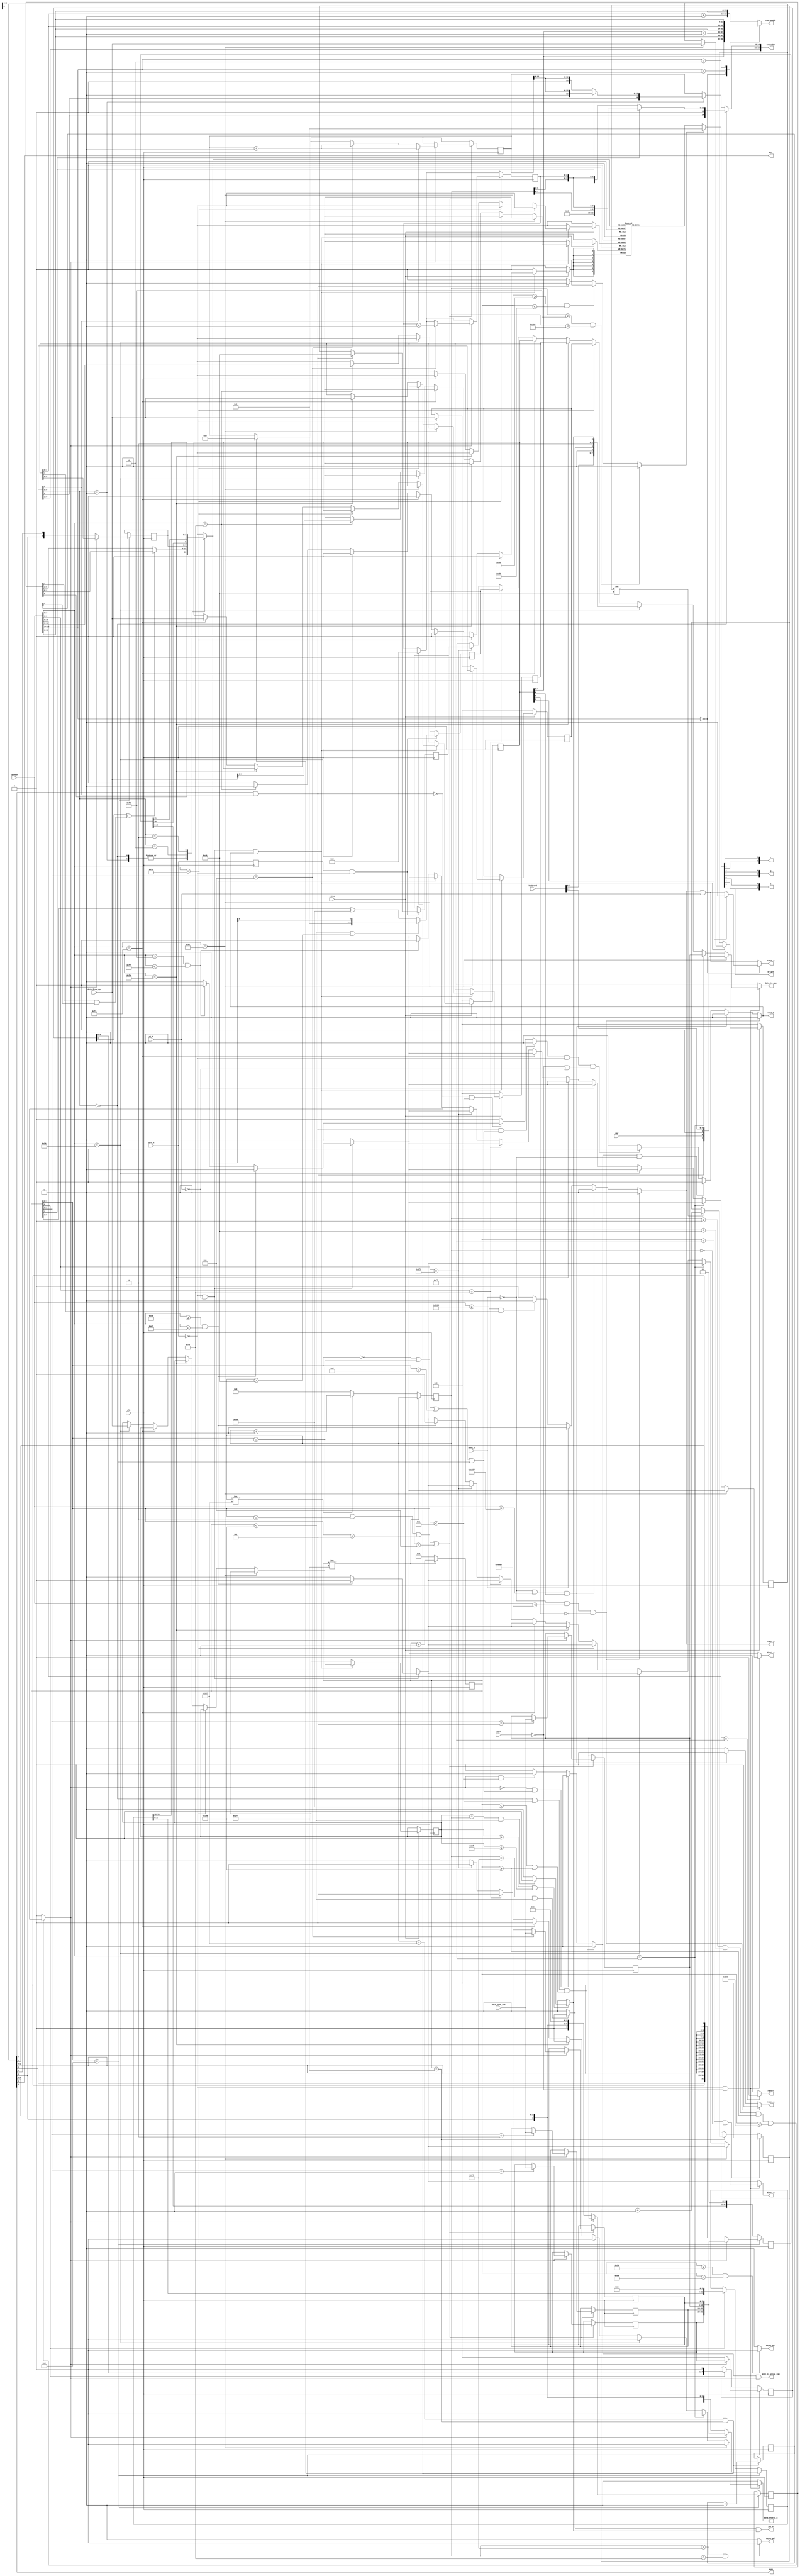
`timescale 1ns / 1ps
`default_nettype none

//////////////////////////////////////////////////////////////////////////////////
// Company: 
// 
// Design Name:    SAM Coup clone
// Module Name:    asic 
// Project Name:   SAM Coup clone
// Target Devices: Spartan 6
// Tool versions:  ISE 12.4
// Description: 
//
// Dependencies: 
//
// Revision: 
// Revision 0.01 - File Created
// Additional Comments: 
//
//////////////////////////////////////////////////////////////////////////////////
module asic (
    input wire clk,
    input wire rst_n,
    // CPU interface
    input wire mreq_n,
    input wire iorq_n,
    input wire rd_n,
    input wire wr_n,
    input wire [15:0] cpuaddr,
    input wire [7:0] data_from_cpu,
    output reg [7:0] data_to_cpu,
    output reg data_enable_n,
    output reg wait_n,
    // RAM/ROM interface
    output reg [18:0] vramaddr,
    output reg [18:0] cpuramaddr,
    input wire [7:0] data_from_ram,    
    output reg ramwr_n,
    output reg romcs_n,
    output reg ramcs_n,
    output wire asic_is_using_ram,
    // audio I/O
    input wire ear,
    output wire mic,
    output wire beep,
    // keyboard I/O
    input wire [7:0] keyboard,
    output wire rdmsel,
    // disk I/O
    output reg disc1_n,
    output reg disc2_n,
    // video output
    output wire [1:0] r,
    output wire [1:0] g,
    output wire [1:0] b,
    output wire bright,
    output reg hsync_pal,
    output reg vsync_pal,
    output wire int_n
    );

    parameter HACTIVEREGION = 512,
              RBORDER       = 64,
              HFPORCH       = 16,
              HSYNC         = 64,
              HBPORCH       = 64,
              LBORDER       = 48;
              
    parameter HTOTAL = RBORDER + 
                       HFPORCH + 
                       HSYNC + 
                       HBPORCH + 
                       LBORDER +
                       HACTIVEREGION;
    
    parameter VACTIVEREGION = 192,
              BBORDER       = 48,
              VFPORCH       = 4,
              VSYNC         = 4,
              VBPORCH       = 16,
              TBORDER       = 48;
              
    parameter VTOTAL = VACTIVEREGION + 
                       BBORDER + 
                       VFPORCH + 
                       VSYNC + 
                       VBPORCH + 
                       TBORDER;
    
    // Start of vertical sync, horizontal counter (last 4 scanlines)
    parameter BEGINVSYNCH = 0;

    // Start and end of vertical sync
    parameter BEGINVSYNCV  = VACTIVEREGION + BBORDER + VFPORCH;
    parameter ENDVSYNCV    = BEGINVSYNCV + 4;

    parameter IOADDR_VMPR     = 8'd252,
              IOADDR_HMPR     = 8'd251,
              IOADDR_LMPR     = 8'd250,
              IOADDR_BORDER   = 8'd254,
              IOADDR_LINEINT  = 8'd249,
              IOADDR_STATUS   = 8'd249,
              IOADDR_BASECLUT = 8'd248,
              IOADDR_ATTRIB   = 8'd255,
              IOADDR_HLPEN    = 8'd248;
    
    //////////////////////////////////////////////////////////////////////////
    // IO regs
    reg [7:0] vmpr = 8'h00;  // port 252. bit 7 is not used. R/W  
    wire [1:0] screen_mode = vmpr[6:5];
    wire [4:0] screen_page = vmpr[4:0];
    
    reg [7:0] lmpr = 8'h00;  // port 250. R/W
    wire [4:0] low_page = lmpr[4:0];
    wire rom_in_section_a = ~lmpr[5];
    wire rom_in_section_d = lmpr[6];
    wire write_protect_section_a = lmpr[7];
    
    reg [7:0] hmpr = 8'h00;  // port 251.
    wire [4:0] high_page = hmpr[4:0];
    wire [1:0] clut_mode_3_hi = hmpr[6:5];
    wire external_memory = hmpr[7];
    
    reg [7:0] border = 8'h00;  // port 254. Bit 6 not implemented. Write only. 
    wire [3:0] clut_border = {border[5],border[2:0]};
    assign mic = border[3];
    assign beep = border[4];
    wire screen_off = border[7] & screen_mode[1];
    
    reg [7:0] lineint = 8'hFF;   // port 249 write only
    
    reg [7:0] hpen = 8'h00;
    reg [7:0] lpen = 8'h00;
    
    reg [6:0] clut[0:15];  // Port xF8h where x=0..F 
    initial begin
        clut[ 0] = 7'b000_0_000;
        clut[ 1] = 7'b001_0_001;
        clut[ 2] = 7'b010_0_010;
        clut[ 3] = 7'b011_0_011;
        clut[ 4] = 7'b100_0_100;
        clut[ 5] = 7'b101_0_101;
        clut[ 6] = 7'b110_0_110;
        clut[ 7] = 7'b111_0_111;
        clut[ 8] = 7'b000_0_000;
        clut[ 9] = 7'b001_1_001;
        clut[10] = 7'b010_1_010;
        clut[11] = 7'b011_1_011;
        clut[12] = 7'b100_1_100;
        clut[13] = 7'b101_1_101;
        clut[14] = 7'b110_1_110;
        clut[15] = 7'b111_1_111;
    end
        
    //////////////////////////////////////////////////////////////////////////
    // Pixel counter (horizontal) and scan counter (vertical)
    reg [9:0] hc = 10'h000;
    reg [8:0] vc = 9'h000;
    
    always @(posedge clk) begin
        if (hc != (HTOTAL-1)) begin
            hc <= hc + 1;
        end
        else begin
            hc <= 10'h000;            
            if (vc != (VTOTAL-1))
                vc <= vc + 1;
            else
                vc <= 9'h000;
        end
    end
    
    //////////////////////////////////////////////////////////////////////////
    // Syncs and vertical retrace/raster line interrupt generation
    reg vint_n;
    reg rint_n;
    
    always @* begin
        hsync_pal = 1'b1;
        vsync_pal = 1'b1;
        vint_n = 1'b1;
        rint_n = 1'b1;
        if (hc >= (RBORDER + HFPORCH) && hc < (RBORDER + HFPORCH + HSYNC)) begin
          hsync_pal = 1'b0;
		end
        if (vc >= BEGINVSYNCV && vc < ENDVSYNCV) begin
          vsync_pal = 1'b0;
		end
        if (vc == BEGINVSYNCV && hc < 10'd256)
          vint_n = 1'b0;
        if (lineint >= 8'd0 && lineint <= 8'd191)
            if ({1'b0, lineint} == vc && hc < 10'd256)
              rint_n = 1'b0;
    end
    assign int_n = vint_n & rint_n;
    
    //////////////////////////////////////////////////////////////////////////
    // fetching_pixels = 1 when pixels should be fetched from memory
    reg fetching_pixels;
    
    always @* begin
        if (vc>=0 && vc<VACTIVEREGION && hc>=10'd256 && hc<HTOTAL)
            fetching_pixels = ~screen_off;
        else
            fetching_pixels = 1'b0;
    end

    //////////////////////////////////////////////////////////////////////////
    // Blanking time
    reg blank_time;

    always @* begin
        blank_time = 1'b0;
        if (screen_off == 1'b1)
            blank_time = 1'b1;
        if (hc >= RBORDER && hc < (RBORDER + HFPORCH + HSYNC + HBPORCH))
            blank_time = 1'b1;
        if (vc >= (VACTIVEREGION + BBORDER) && vc < (VACTIVEREGION + BBORDER + VFPORCH + VSYNC + VBPORCH))
            blank_time = 1'b1;
    end
    
    //////////////////////////////////////////////////////////////////////////
    // Contention signal (risk of)
    reg mem_contention;
    reg io_contention;
    
    always @* begin
        mem_contention = 1'b0;
        io_contention = 1'b0;

        if (screen_off == 1'b0 && hc[3:0]<4'd10)
            io_contention = 1'b1;
        if (screen_off == 1'b1 && (hc[3:0]==4'd0 ||
                                        hc[3:0]==4'd1 ||
                                        hc[3:0]==4'd8 ||
                                        hc[3:0]==4'd9) )
            io_contention = 1'b1;
            
        if (fetching_pixels == 1'b1 && hc[3:0]<4'd10) begin
           mem_contention = 1'b1;
        end
        if (fetching_pixels == 1'b0 && (hc[3:0]==4'd0 ||
                                             hc[3:0]==4'd1 ||
                                             hc[3:0]==4'd8 ||
                                             hc[3:0]==4'd9) ) begin
            mem_contention = 1'b1;
        end
        if (screen_mode == 2'b00 && hc[3:0]<4'd10 && (hc<10'd128 || hc>=10'd256)) begin
            mem_contention = 1'b1;  // extra contention for MODE 1
        end
    end
    assign asic_is_using_ram = mem_contention & fetching_pixels;
    
    //////////////////////////////////////////////////////////////////////////
    // WAIT signal with contention applied
    always @* begin
        wait_n = 1'b1;
        if (mreq_n == 1'b0 && cpuaddr<16'h4000 && rom_in_section_a==1'b1)
            wait_n = 1'b1;
        else if (mreq_n == 1'b0 && cpuaddr>=16'hC000 && rom_in_section_d==1'b1)
            wait_n = 1'b1;
        else if (mem_contention == 1'b1 && mreq_n == 1'b0)
            wait_n = 1'b0;
        else if (io_contention == 1'b1 && iorq_n == 1'b0 && (rd_n == 1'b0 || wr_n == 1'b0))
            wait_n = 1'b0;
    end
    
    //////////////////////////////////////////////////////////////////////////
    // VRAM address generation    
    reg [14:0] screen_offs = 15'h0000;
    reg [4:0] screen_column = 5'h00;
    always @* begin
        if (screen_mode == 2'd0) begin
            if (hc[2] == 1'b0)
                vramaddr = {screen_page, 1'b0, vc[7:6], vc[2:0], vc[5:3], screen_column};
            else
                vramaddr = {screen_page, 4'b0110, vc[7:3], screen_column};
        end
        else if (screen_mode == 2'd1) begin
            if (hc[2] == 1'b0)
                vramaddr = {screen_page, 1'b0, screen_offs[12:0]};
            else
                vramaddr = {screen_page, 1'b1, screen_offs[12:0]};
        end
        else
            vramaddr = {screen_page[4:1], screen_offs};
    end

    //////////////////////////////////////////////////////////////////////////
    // FSM for fetching pixels from RAM and shift registers
    reg [7:0] vram_byte1, vram_byte2, vram_byte3, vram_byte4;
    reg [7:0] sregm12 = 8'h00;
    reg [7:0] attrreg = 8'h00;
    reg [31:0] sregm3 = 32'h00000000;
    reg [31:0] sregm4 = 32'h00000000;
    reg [4:0] flash_counter = 5'h00;
    reg [1:0] hibits_clut_m3 = 2'b00;

    always @(posedge clk) begin
        // a good time to reset pixel address counters and advance flash counter for modes 1 and 2
        if (vc==(VTOTAL-1) && hc==(HTOTAL-1)) begin
            screen_offs <= 15'h0000;
            screen_column <= 5'h00;
            flash_counter <= flash_counter + 1;
        end
        if (hc[3:0] == 4'd1 ||
            hc[3:0] == 4'd3 ||
            hc[3:0] == 4'd5 ||
            hc[3:0] == 4'd7)
            begin
                if (fetching_pixels==1'b1) begin
                    case (hc[2:0])
                        3'd1: vram_byte1 <= data_from_ram;
                        3'd3: vram_byte2 <= data_from_ram;
                        3'd5: vram_byte3 <= data_from_ram;
                        3'd7: begin
                                vram_byte4 <= data_from_ram;
                                screen_column <= screen_column + 1;
                                if (screen_mode[1] == 1'b0)  // mode 1 and 2
                                    screen_offs <= screen_offs + 1;
                              end
                    endcase
                    if (screen_mode[1] == 1'b1)  // mode 3 and 4
                        screen_offs <= screen_offs + 1;
                end
            end
        if (hc[3:0] == 4'd9) begin
            // Transferir buffers al registro de desplazamiento
            if (fetching_pixels == 1'b1) begin  // showing paper
                sregm12 <= vram_byte1;
                attrreg <= vram_byte3;
                sregm3 <= {vram_byte1, vram_byte2, vram_byte3, vram_byte4};
                sregm4 <= {vram_byte1, vram_byte2, vram_byte3, vram_byte4};
                hibits_clut_m3 <= clut_mode_3_hi;
            end
            else begin // showing border
                sregm12 <= 8'h00;
                attrreg <= {1'b0, clut_border, 3'b000};
                sregm3 <= { {16{clut_border[0],clut_border[1]}} };
                sregm4 <= { {8{clut_border}} };
                hibits_clut_m3 <= clut_border[3:2];
            end
        end
        else begin
            sregm3 <= {sregm3[29:0],2'b00};
            if (hc[0] == 1'b1) begin
                sregm12 <= {sregm12[6:0],1'b0};
                sregm4 <= {sregm4[27:0],4'h0};
            end
        end
    end

    //////////////////////////////////////////////////////////////////////////
    // MUX to select current pixel colour depending upon the current mode
    reg [6:0] pixel;
    reg [3:0] index;
    reg pixel_with_flash;
    
    always @* begin
        index = 4'h0;
        case (screen_mode)
            2'd0,2'd1:
                begin
                    pixel_with_flash = sregm12[7] ^ (attrreg[7] & flash_counter[4]);
                    if (pixel_with_flash == 1'b1)
                        index = {attrreg[6],attrreg[2:0]};
                    else
                        index = {attrreg[6],attrreg[5:3]};
                end
            2'd2: index = {hibits_clut_m3, sregm3[30], sregm3[31]};
            2'd3: index = sregm4[31:28];
        endcase
        if (blank_time == 1'b1)
            pixel = 7'h00;
        else
            pixel = clut[index];
    end
    assign g = {pixel[6], pixel[2]};
    assign r = {pixel[5], pixel[1]};
    assign b = {pixel[4], pixel[0]};
    assign bright = pixel[3];
    
    //////////////////////////////////////////////////////////////////////////
    // HPEN and LPEN counters
    reg iorq_prev = 1'b1;
    reg [7:0] hpen_internal = 8'h00;
    
    always @(posedge clk) begin
        if (hc == 10'd255 && vc == 9'd0) begin
            hpen_internal <= 8'h00;
        end
        else if (hc == (HTOTAL-1)) begin
            if (hpen_internal != 8'hC0)
                hpen_internal <= hpen_internal + 1;                
        end
    end

    always @(posedge clk) begin
        iorq_prev <= iorq_n;
        if (iorq_prev == 1'b1 && iorq_n == 1'b0) begin  // falling edge IORQ
            lpen <= (hc<10'd256 || vc>=9'd192)? {7'b0000000,index[0]} : (hc[8:1] ^ 8'h80);  // fast way to add 128 to hc[8:1]
            hpen <= (screen_off == 1'b1)? 8'd192 : hpen_internal;
        end
    end

    //////////////////////////////////////////////////////////////////////////
    // CPU memory address and control signal generation
    
    // Enables for ROM and RAM
    always @* begin
        romcs_n = 1'b1;
        ramcs_n = 1'b1;
        if (mreq_n == 1'b0 && cpuaddr<16'h4000 && rom_in_section_a==1'b1) begin
            romcs_n = 1'b0;
        end
        else if (mreq_n == 1'b0 && cpuaddr>=16'hC000 && rom_in_section_d==1'b1) begin
            romcs_n = 1'b0;
        end
        else if (mreq_n == 1'b0) begin
            if (cpuaddr >= 16'h8000 && external_memory == 1'b1)  // disable internal RAM if bit 7 HMPR is set
                ramcs_n = 1'b1;
            else
                ramcs_n = 1'b0;
        end        
    end
    
    // Write signal for RAM
    always @* begin
        ramwr_n = 1'b1;
        case (cpuaddr[15:14])
            2'b00:
                begin
                    cpuramaddr = {low_page, cpuaddr[13:0]};
                    if (write_protect_section_a == 1'b0)
                        ramwr_n = ramcs_n | wr_n;
                end
            2'b01:
                begin
                    cpuramaddr = {low_page+5'd1, cpuaddr[13:0]};
                    ramwr_n = ramcs_n | wr_n;
                end
            2'b10:
                begin
                    cpuramaddr = {high_page, cpuaddr[13:0]};
                    ramwr_n = ramcs_n | wr_n;
                end
            default: // 2'b11
                begin
                    cpuramaddr = {high_page+5'd1, cpuaddr[13:0]};
                    ramwr_n = ramcs_n | wr_n;
                end
        endcase
    end

    //////////////////////////////////////////////////////////////////////////
    // IO ports
    
    // Write to IO ports from CPU
    always @(posedge clk) begin
        if (rst_n == 1'b0) begin
            vmpr <= 8'h00;
            lmpr <= 8'h00;
            hmpr <= 8'h00;
            border <= 8'h00;
        end
        else begin
            if (iorq_n == 1'b0 && wr_n == 1'b0 && wait_n == 1'b1) begin
                if (cpuaddr[7:0] == IOADDR_BORDER)
                    border <= data_from_cpu;
                else if (cpuaddr[7:0] == IOADDR_VMPR)
                    vmpr <= data_from_cpu;
                else if (cpuaddr[7:0] == IOADDR_HMPR)
                    hmpr <= data_from_cpu;
                else if (cpuaddr[7:0] == IOADDR_LMPR)
                    lmpr <= data_from_cpu;
                else if (cpuaddr[7:0] == IOADDR_LINEINT)
                    lineint <= data_from_cpu;
                else if (cpuaddr[7:0] == IOADDR_BASECLUT)
                    clut[cpuaddr[11:8]] <= data_from_cpu[6:0];
            end
        end
    end
    
    // Data available for CPU
    always @* begin
        data_enable_n = 1'b1;
        data_to_cpu = 8'hFF;
        disc1_n = 1'b1;
        disc2_n = 1'b1;
        if (iorq_n == 1'b0 && wr_n == 1'b0) begin
          if (cpuaddr[7:0]>=8'd224 && cpuaddr[7:0]<=8'd231) begin
              disc1_n = 1'b0;
              data_enable_n = 1'b1;
          end
          else if (cpuaddr[7:0]>=8'd240 && cpuaddr[7:0]<=8'd247) begin
              disc2_n = 1'b0;
              data_enable_n = 1'b1;
          end
        end
        if (iorq_n == 1'b0 && rd_n == 1'b0) begin
            data_enable_n = 1'b0;
            if (cpuaddr[7:0] == IOADDR_BORDER)
                data_to_cpu = {screen_off, ear, 1'b0, keyboard[4:0]};
            else if (cpuaddr[7:0] == IOADDR_ATTRIB)
                data_to_cpu = vram_byte3;
            else if (cpuaddr[7:0] == IOADDR_STATUS)
                data_to_cpu = {keyboard[7:5], 1'b1, vint_n, 2'b11, rint_n};
            else if (cpuaddr[7:0] == IOADDR_VMPR)
                data_to_cpu = vmpr;
            else if (cpuaddr[7:0] == IOADDR_HMPR)
                data_to_cpu = hmpr;
            else if (cpuaddr[7:0] == IOADDR_LMPR)
                data_to_cpu = lmpr;
            else if (cpuaddr[8:0] == {1'b0, IOADDR_HLPEN} )
                data_to_cpu = lpen;
            else if (cpuaddr[8:0] == {1'b1, IOADDR_HLPEN} )
                data_to_cpu = hpen;
            else if (cpuaddr[7:0]>=8'd224 && cpuaddr[7:0]<=8'd231) begin            
                disc1_n = 1'b0;
                data_enable_n = 1'b1;
            end
            else if (cpuaddr[7:0]>=8'd240 && cpuaddr[7:0]<=8'd247) begin
                disc2_n = 1'b0;
                data_enable_n = 1'b1;
            end
            else
                data_enable_n = 1'b1;
        end
    end
    
    assign rdmsel = (cpuaddr[15:8] == 8'hFF)? 1'b0 : 1'b1;
endmodule